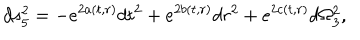
d s _ { 5 } ^ { 2 } = - e ^ { 2 a ( t , r ) } d t ^ { 2 } + e ^ { 2 b ( t , r ) } d r ^ { 2 } + e ^ { 2 c ( t , r ) } d \Omega _ { 3 } ^ { 2 } ,